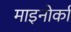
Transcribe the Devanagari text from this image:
माइनोर्का